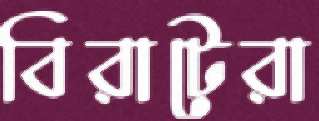
বিরাটেরা